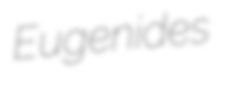
Eugenides